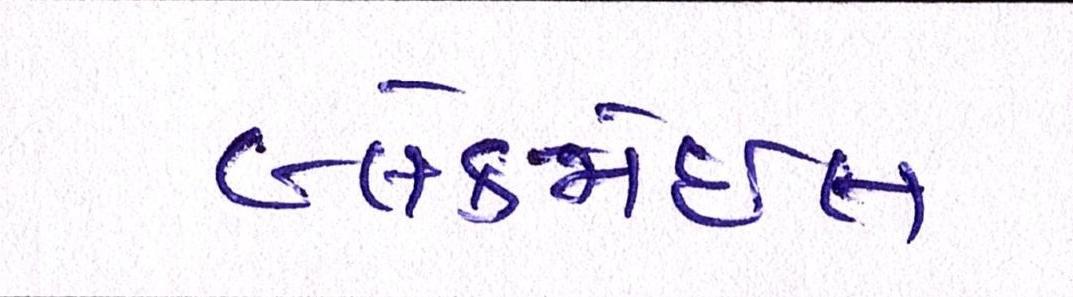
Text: બ્લેકમેઈલ